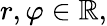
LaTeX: r,\varphi\in\mathbb{R},